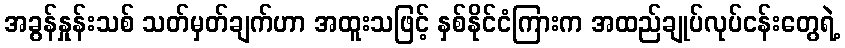
အခွန်နှုန်းသစ် သတ်မှတ်ချက်ဟာ အထူးသဖြင့် နှစ်နိုင်ငံကြားက အထည်ချုပ်လုပ်ငန်းတွေရဲ့